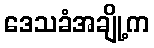
ဒေသခံအချို့က